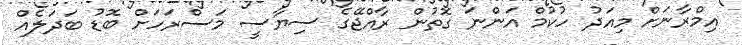
އިމްރާނަށް މިއަދު ހުކުމް އަންނަ ގޮތުން ރާއްޖޭގެ ސިޔާސީ މަސްރަހަށް ބޮޑު ބަދަލެއް